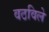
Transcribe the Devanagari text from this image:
वठविले